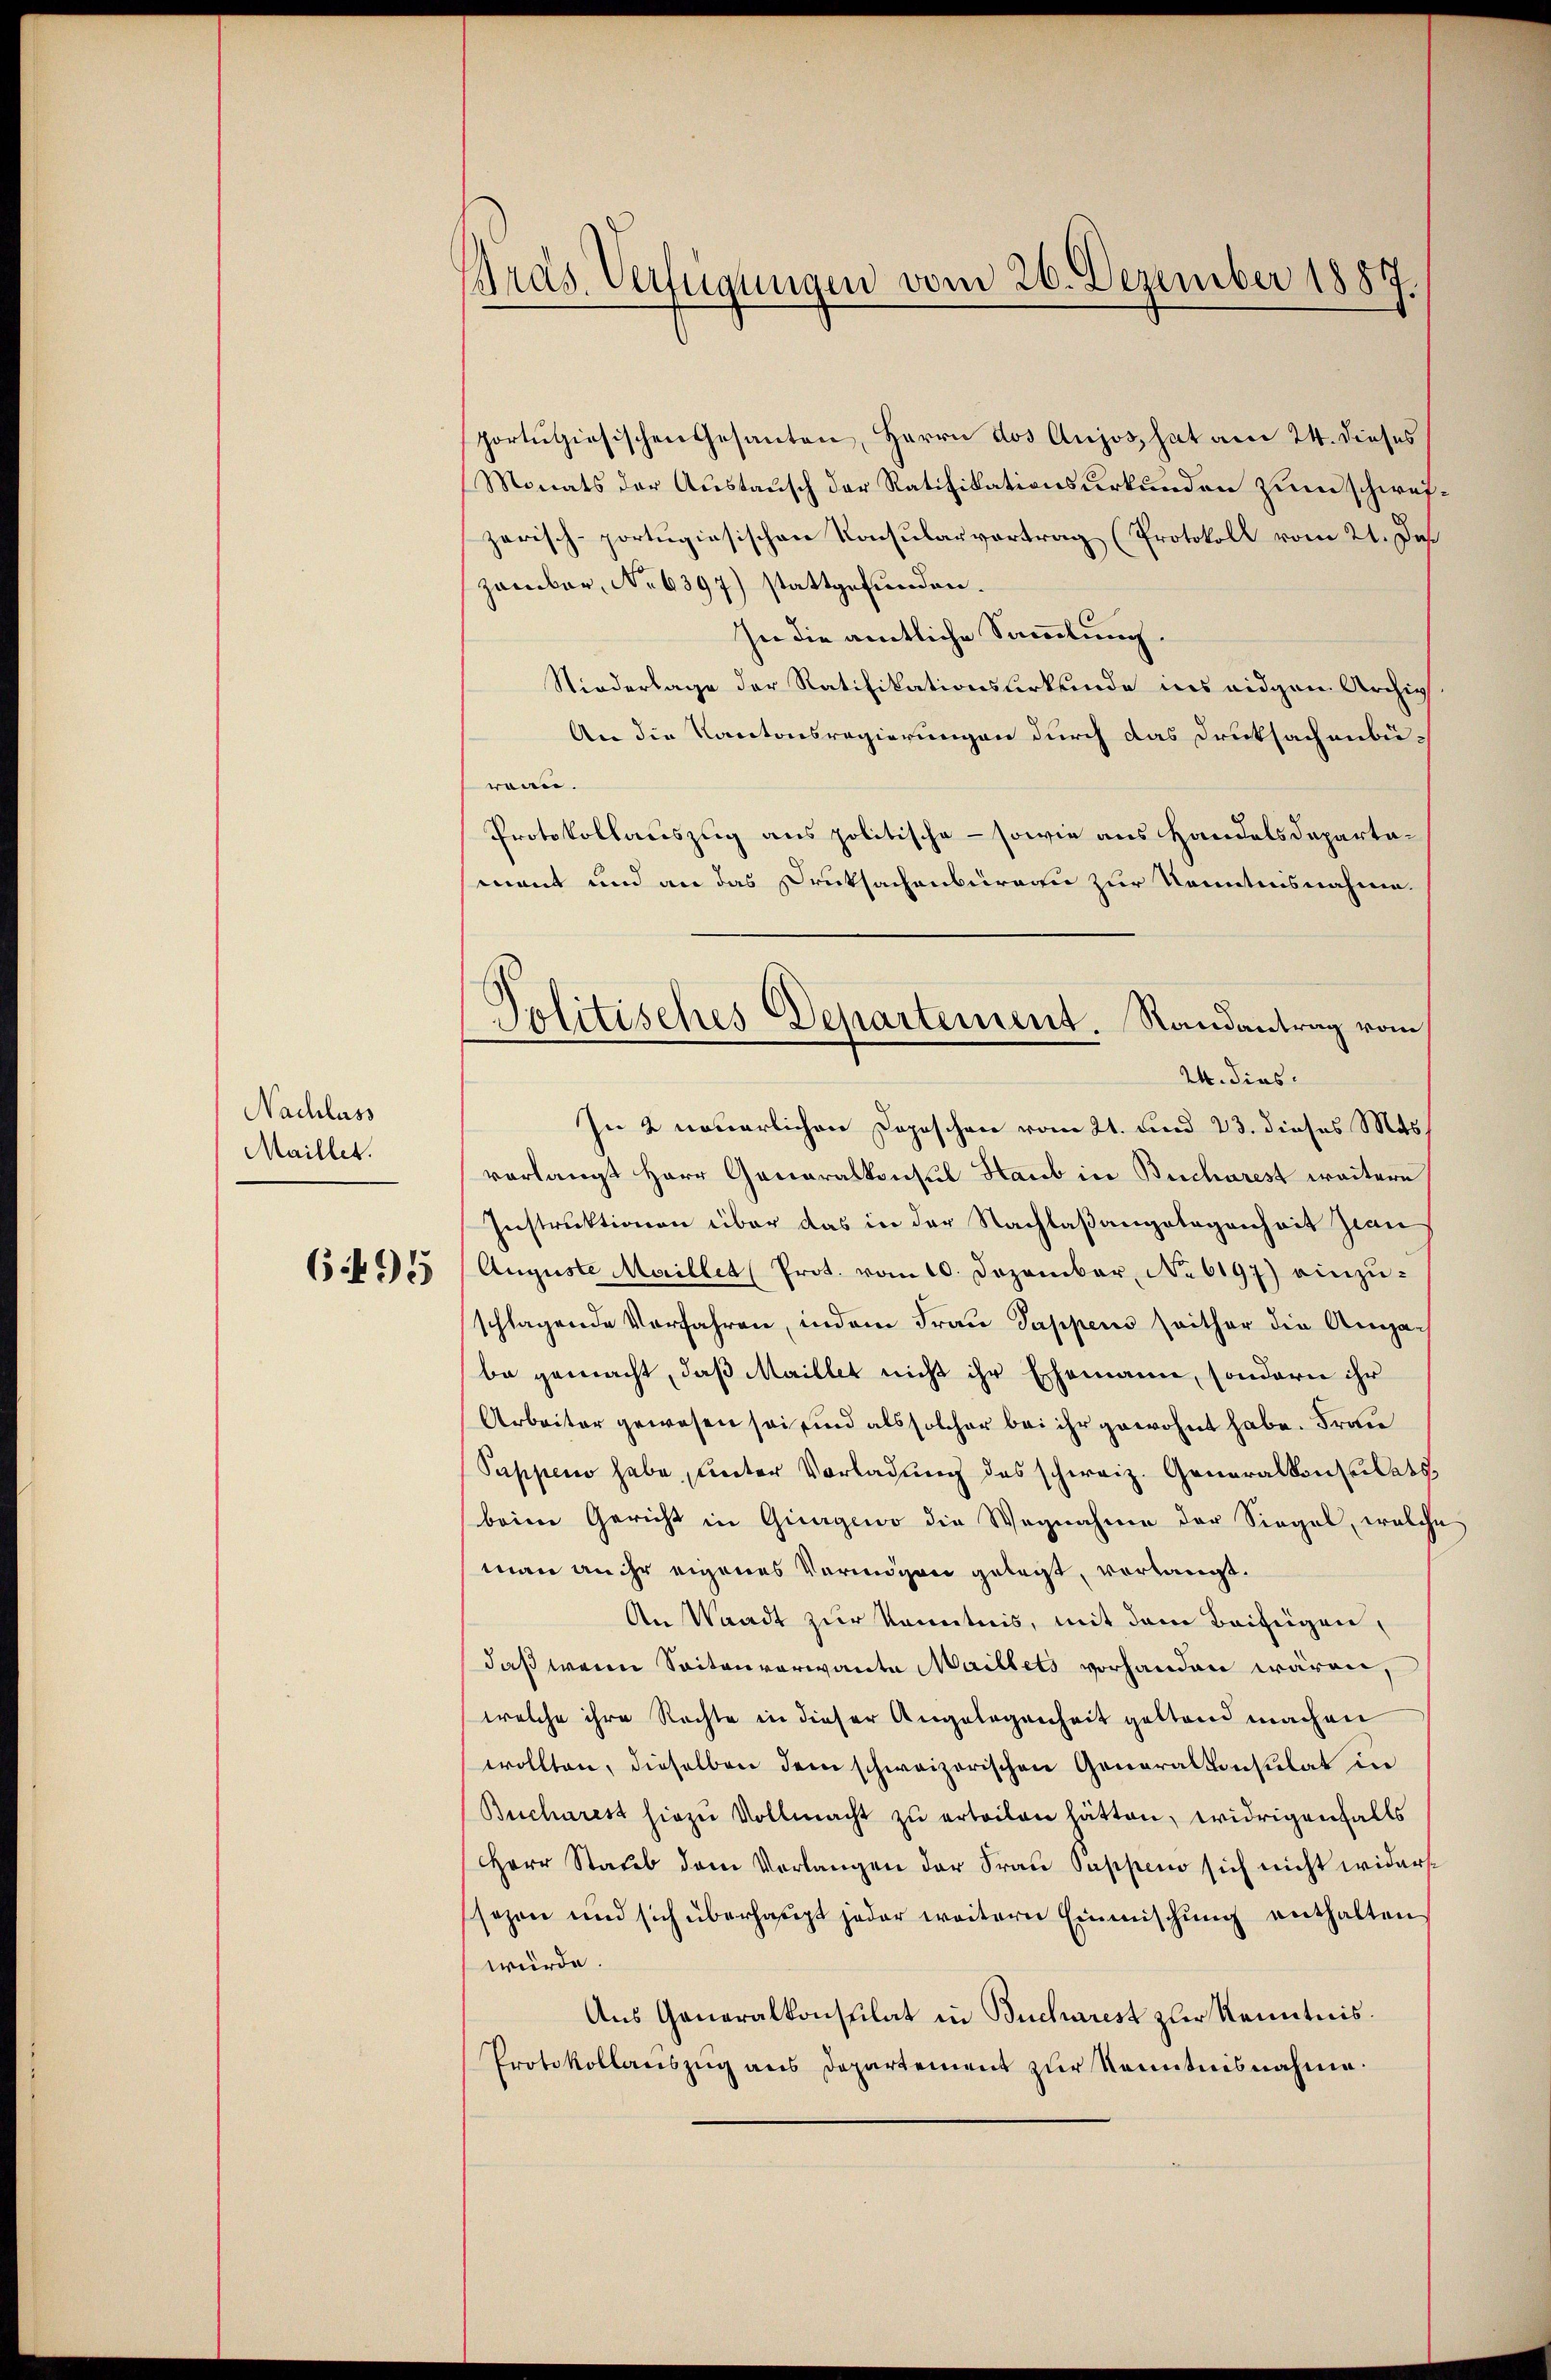
Nachlass
Maillet.

6495

Präs. Verfügungen vom 26. Dezember 1887.

Politisches Departement. Randantrag vom
24. dies

portugisischen Gesanten, Herrn dos Aujos, hat am 24. dieses
Monats der Austausch der Ratifikationsurkunden zum schweizerisch-portugiesischen Konsularvertrag (Protokoll vom 21. Daß
zamber, No 6397) stattgefunden.
In die amtliche Sammlung.
Niederlage der Ratifikationsurkunde ins eidgen Archiv
An die Kantonsregierungen durch das Druksachenbürain.
Protokollauszug aus politische – sowie aus Handelsdepartamant und an das Druksachenbüreau zur Kenntnisnahme.
In 2 neuerlichen Dopischen vom 21. und 23. dieses Mas
vorlangt Herr Generalkonsul Staub in Bucharest weitern
Instruktionen über das in der Nachlaßangelegenheit zwai
Auguste Maillet (Prot. vom 10. Dezember, No 6197) einzuschlagende Verfahren, indem Frau Pappens seither die Anga-
be gemacht, daß Maillet nicht ihr Ehemann, sondern ihr
Arbeiter gewesen sei und als solcher bei ihr gewohnt habe. Frau
Sappen habe, unter Vorladung des schweiz. Generalkonsulats,
beim Gericht in Giurgewo die Wegnahme der Siegel, welche
man an ihr eigenes Vermögen gelegt, vorlangt.
An Waadt zur Kenntnis, mit dem Beifügen,
daß wenn Seitenverwante Maillets vorhanden wären,
welche ihre Rechte in dieser Angelegenheit gestand machen
wollten, dieselben dem schweizerischen Generalkonsulat in
Bucharest hiezu Vollmacht zu erteilen hätten, widrigenfalls
Herr Staŭb dem Verlangen der Frau Pappen sich nicht widerssezen und sich überhaupt jeder weitern Einmischung enthalten
würde.
Aus Generalkonsulat in Bucharest zur Kenntnis.
Protokollauszug aus Departement zur Kenntnisnahme.